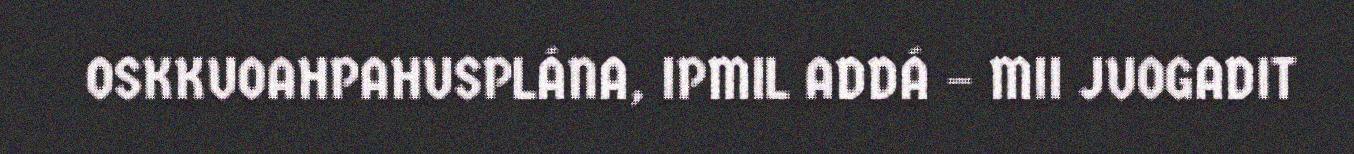
OSKKUOAHPAHUSPLÁNA, IPMIL ADDÁ – MII JUOGADIT